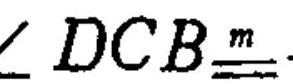
\(\angle DCB\overset{m}{=}\)